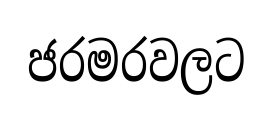
ජරමරවලට